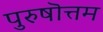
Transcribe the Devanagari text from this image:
पुरुषॊत्तम